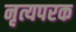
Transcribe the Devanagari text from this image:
नृत्यपरक